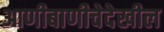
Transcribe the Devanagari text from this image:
आणीबाणीचेदेखील